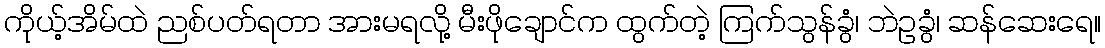
ကိုယ့်အိမ်ထဲ ညစ်ပတ်ရတာ အားမရလို့ မီးဖိုချောင်က ထွက်တဲ့ ကြက်သွန်ခွံ၊ ဘဲဥခွံ၊ ဆန်ဆေးရေ။